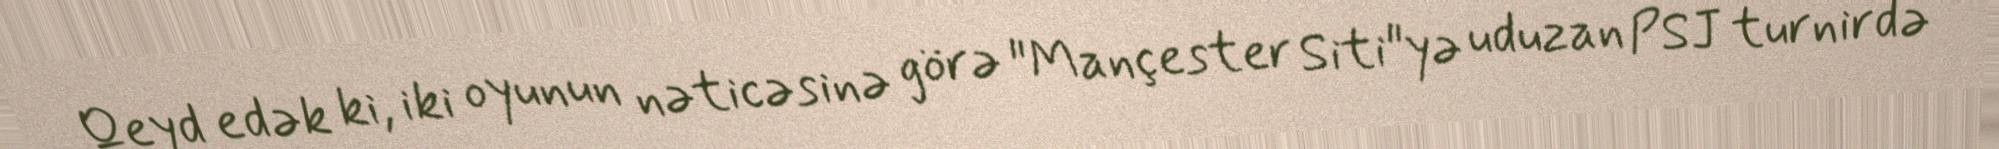
Qeyd edək ki, iki oyunun nəticəsinə görə "Mançester Siti"yə uduzan PSJ turnirdə